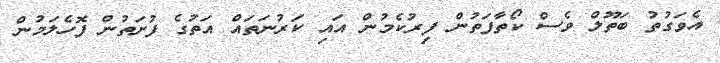
އެވަގުތު ބަތޫލް ވެސް ކޯތާފަތުން ފިރުކެމުން އައި ކަރުނަތައް އަތުގެ ފުށަތުން ފޮހެލަމުން